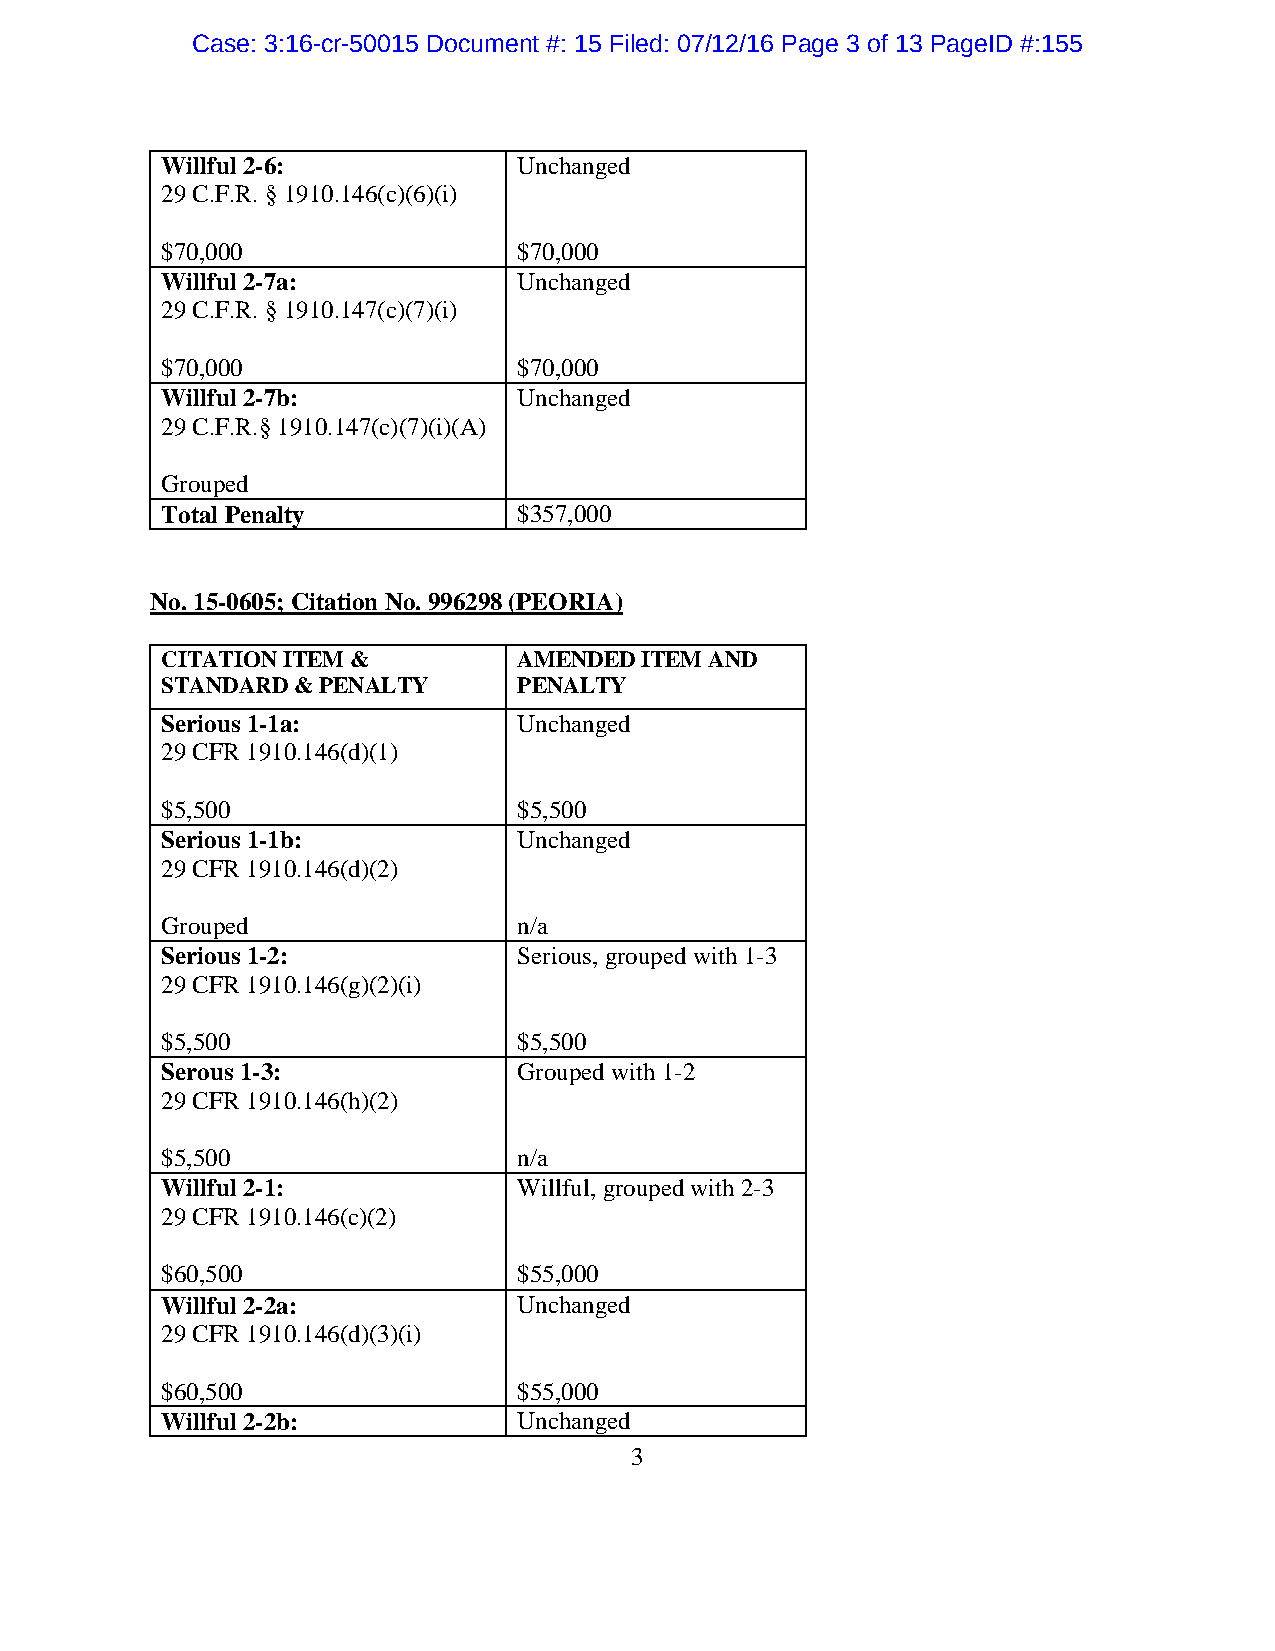
Case: 3:16-cr-50015 Document #: 15 Filed: 07/12/16 Page 3 of 13 PageID #:155
 Willful 2-6:           Unchanged
 29 C.F.R. § 1910.146(c)(6)(i)
 $70,000                $70,000
 Willful 2-7a:          Unchanged
 29 C.F.R. § 1910.147(c)(7)(i)
 $70,000                $70,000
 Willful 2-7b:          Unchanged
 29 C.F.R.§ 1910.147(c)(7)(i)(A)
 Grouped
 Total Penalty          $357,000
 No. 15-0605; Citation No. 996298 (PEORIA)
 CITATION ITEM &        AMENDED ITEM AND
 STANDARD & PENALTY     PENALTY
 Serious 1-1a:          Unchanged
 29 CFR 1910.146(d)(1)
 $5,500                 $5,500
 Serious 1-1b:          Unchanged
 29 CFR 1910.146(d)(2)
 Grouped                n/a
 Serious 1-2:           Serious, grouped with 1-3
 29 CFR 1910.146(g)(2)(i)
 $5,500                 $5,500
 Serous 1-3:            Grouped with 1-2
 29 CFR 1910.146(h)(2)
 $5,500                 n/a
 Willful 2-1:           Willful, grouped with 2-3
 29 CFR 1910.146(c)(2)
 $60,500                $55,000
 Willful 2-2a:          Unchanged
 29 CFR 1910.146(d)(3)(i)
 $60,500                $55,000
 Willful 2-2b:          Unchanged
 3